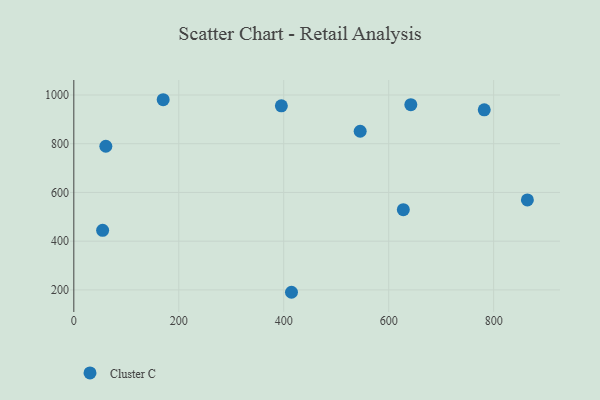
{"axis": {"x": "Engine Size", "y": "Exam Score"}, "legend": ["Cluster C"], "data": [{"x": "864.3", "y": 569.5, "type": "Cluster C"}, {"x": "395.5", "y": 955.7, "type": "Cluster C"}, {"x": "782.1", "y": 939.0, "type": "Cluster C"}, {"x": "170.3", "y": 980.6, "type": "Cluster C"}, {"x": "414.8", "y": 190.3, "type": "Cluster C"}, {"x": "545.7", "y": 851.3, "type": "Cluster C"}, {"x": "61.0", "y": 789.6, "type": "Cluster C"}, {"x": "642.2", "y": 960.3, "type": "Cluster C"}, {"x": "627.9", "y": 529.4, "type": "Cluster C"}, {"x": "54.9", "y": 444.6, "type": "Cluster C"}]}